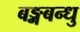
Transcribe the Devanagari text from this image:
बङ्गबन्धु